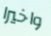
واخيرا